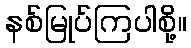
နစ်မြုပ်ကြပါစို့။